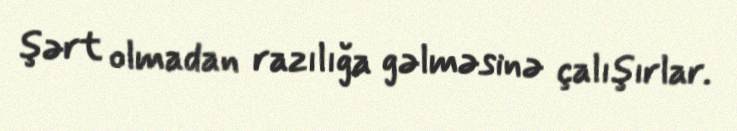
şərt olmadan razılığa gəlməsinə çalışırlar.